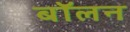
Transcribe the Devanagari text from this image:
बॉलन